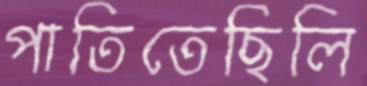
পাতিতেছিলি